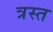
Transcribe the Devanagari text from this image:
त्रस्‍त